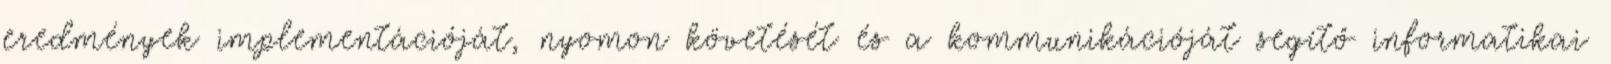
eredmények implementációját, nyomon követését és a kommunikációját segítő informatikai